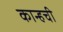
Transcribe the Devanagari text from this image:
कान्हची